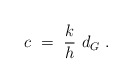
\begin{align*}c \ = \ {k\over h}\ d_G \ . \end{align*}